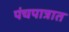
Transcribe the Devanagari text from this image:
पंचपात्रात